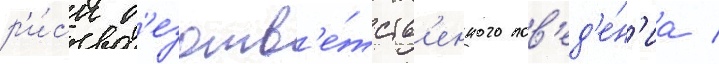
р'и́ск б'езотв'е́тств'енного пов'ед'е́н'иа /